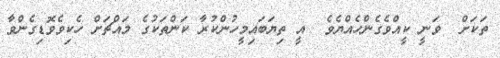
ތަކަށް  ވަނީ ކީއްވެގެންހެއްޔެވެ  އީ ތިޔަބައިމީހުންކުރާ ކަންތަކުގެ މައްޗަށް ހެކިވެވޮޑިގެންވާ